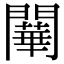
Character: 𨶱